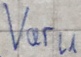
Text: Varl1